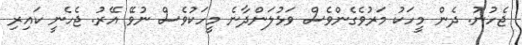
ޖެހުނު. ދެން މީހަކު މަރުވެގެންވެސް ވަޅުލަންދާނެ މީހަކުވެސް ނުވޭ އޭރު. ޖެހެނީ ކައިރި